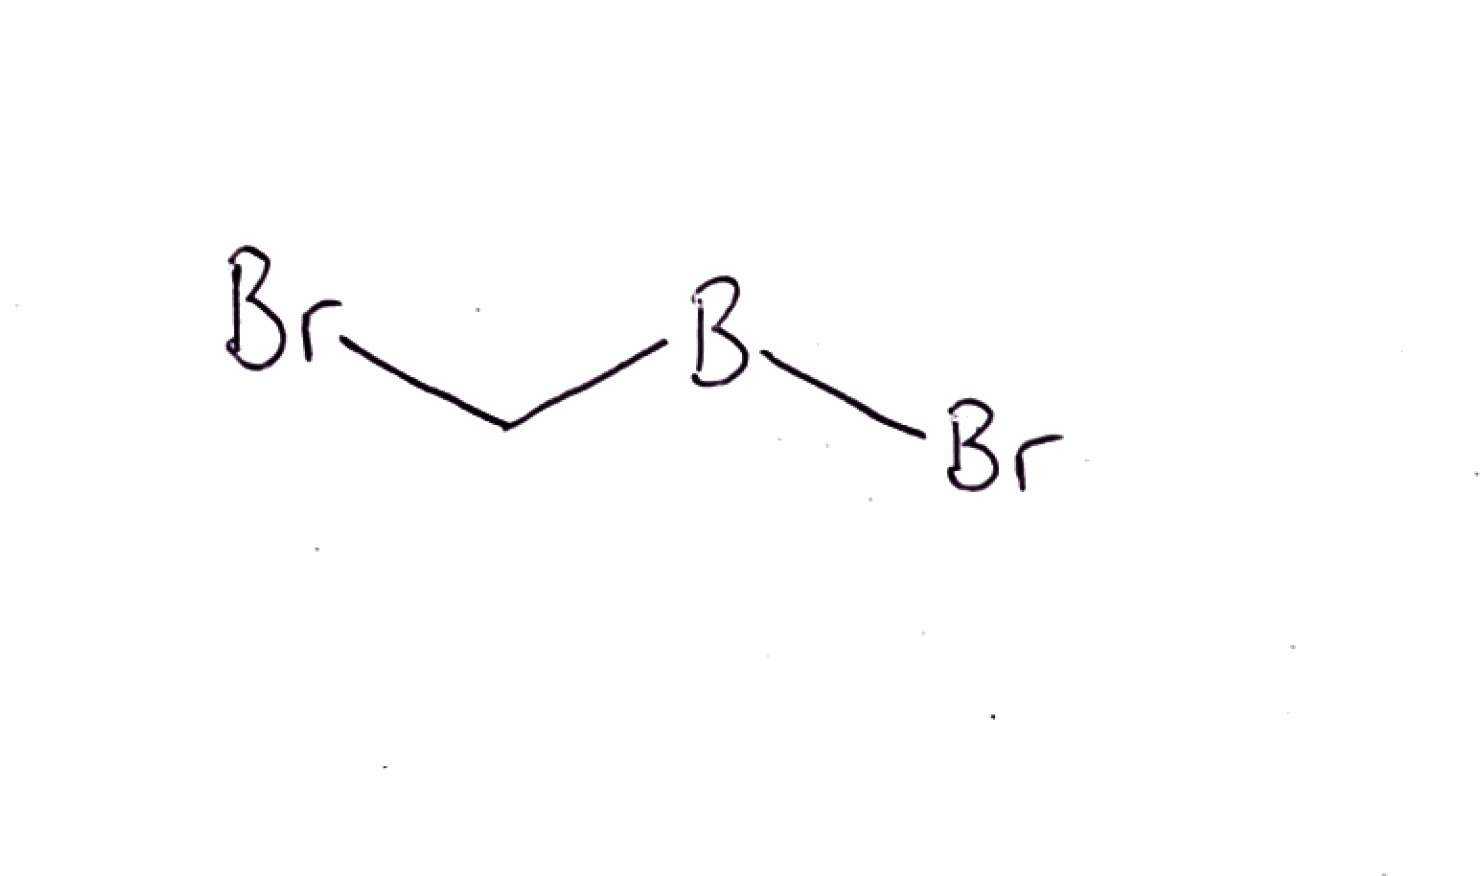
Simplified molecular-input line-entry system (SMILES) notation of the given molecule:
[B](CBr)Br